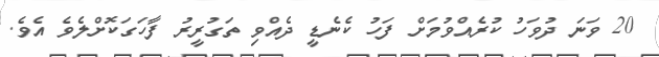
20 ވަނަ ދުވަހު ކުރެއްވުމަށް ފަހު ކެނެޑީ ދެއްވި ތަގުރީރު ފާހަގަކޮށްލެވެ އެވެ.